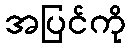
အပြင်ကို